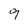
Character: 9